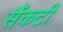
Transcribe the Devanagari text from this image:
सैंकटी